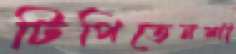
টিপিতেনশা